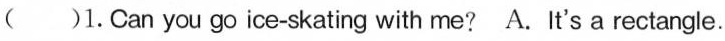
( )1.Can you go ice-skating with me? A. It's a rectangle.